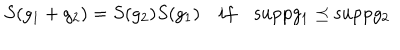
LaTeX: S ( g _ { 1 } + g _ { 2 } ) = S ( g _ { 2 } ) S ( g _ { 1 } ) \quad i f \quad \mathrm { s u p p } g _ { 1 } \preceq \mathrm { s u p p } g _ { 2 }